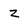
Character: Z